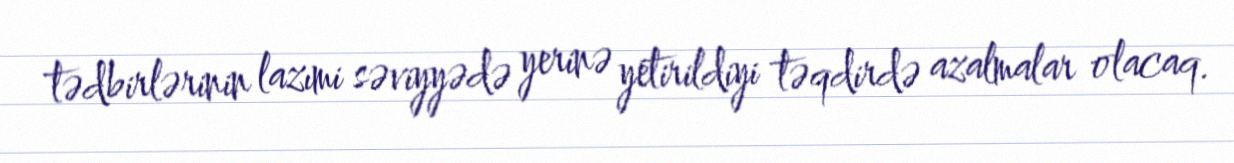
tədbirlərinin lazımi səviyyədə yerinə yetirildiyi təqdirdə azalmalar olacaq.